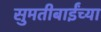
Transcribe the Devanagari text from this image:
सुमतीबाईंच्या